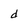
Character: d